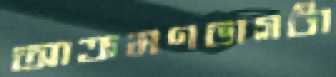
আক্রমণভাগটা